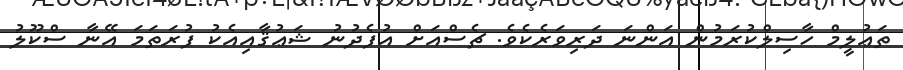
ތަޢުލީމް ހާސިލްކުރަމުން އަންނަ ދަރިވަރެކެވެ. ޗެސްއަށް އުފެދުނު ޝަޢުޤާއިއެކު ފުރަތަމަ އޭނާ ސްކޫލު